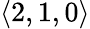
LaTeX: \langle 2,1,0\rangle